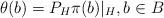
LaTeX: \begin{align*}\theta(b)=P_H \pi(b)|_H, b\in B\end{align*}